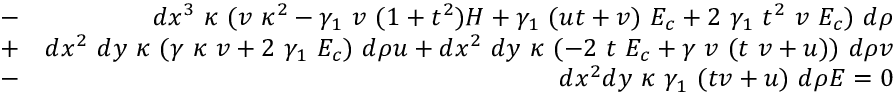
\begin{array} { r l r } & { - } & { d x ^ { 3 } ~ \kappa ~ ( v ~ \kappa ^ { 2 } - \gamma _ { 1 } ~ v ~ ( 1 + t ^ { 2 } ) H + \gamma _ { 1 } ~ ( u t + v ) ~ E _ { c } + 2 ~ \gamma _ { 1 } ~ t ^ { 2 } ~ v ~ E _ { c } ) ~ d \rho } \\ & { + } & { d x ^ { 2 } ~ d y ~ \kappa ~ ( \gamma ~ \kappa ~ v + 2 ~ \gamma _ { 1 } ~ E _ { c } ) ~ d \rho u + d x ^ { 2 } ~ d y ~ \kappa ~ ( - 2 ~ t ~ E _ { c } + \gamma ~ v ~ ( t ~ v + u ) ) ~ d \rho v } \\ & { - } & { d x ^ { 2 } d y ~ \kappa ~ \gamma _ { 1 } ~ ( t v + u ) ~ d \rho E = 0 } \end{array}